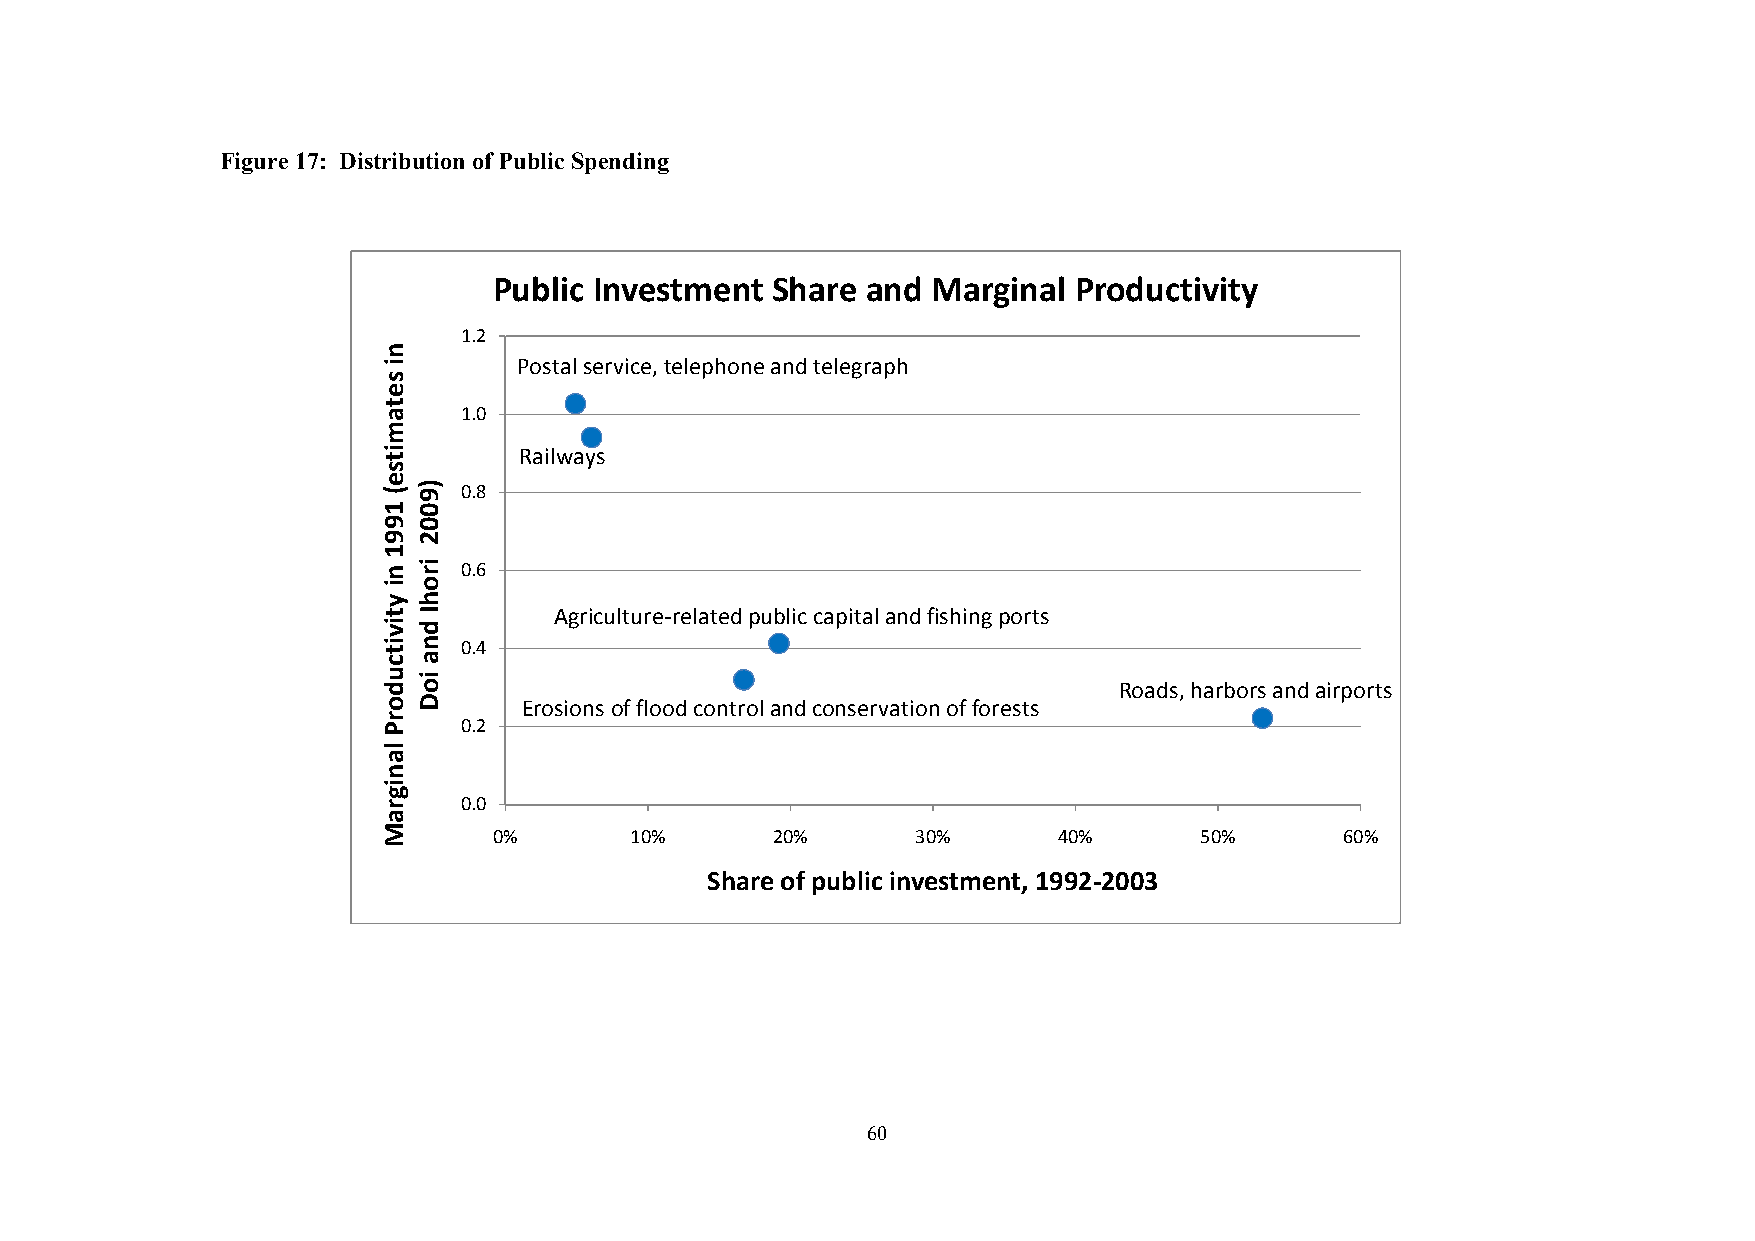
Figure 17: Distribution of Public Spending
 Public Investment Share and  Marginal Productivity
 1.2
 Postal service, telephone and telegraph
 1.0
 Railways
 0.8
 0.6
 Agriculture‐related public capital and fishing ports
 0.4
 Roads, harbors and airports
 Erosions of flood control and conservation of forests
 0.2
 0.0
 0%       10%      20%       30%      40%      50%       60%
 Share of public investment, 1992‐2003
 60
 ni
 setamitse(
 1991
 ni
 ytivitcudorP
 lanigraM
 )9002
 irohI
 dna
 ioD